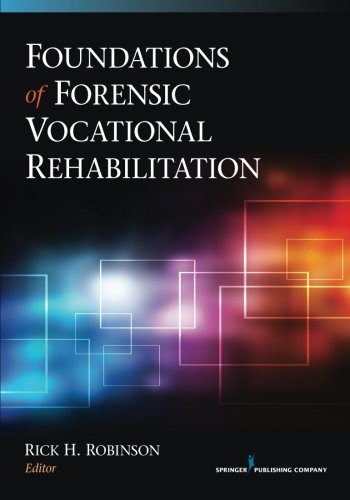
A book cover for Foundations of Forensic Vocational Rehabilitation; Law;